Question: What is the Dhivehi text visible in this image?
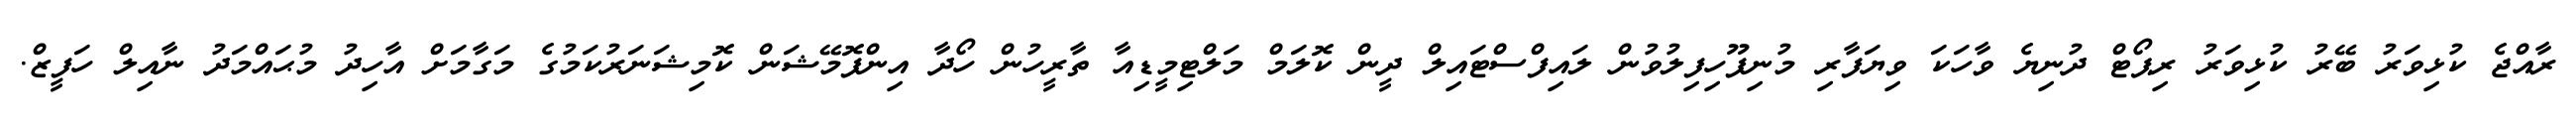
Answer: ރާއްޖެ ކުޅިވަރު ބޭރު ކުޅިވަރު ރިޕޯޓް ދުނިޔެ ވާހަކަ ވިޔަފާރި މުނިފޫހިފިލުވުން ލައިފްސްޓައިލް ދީން ކޮލަމް މަލްޓިމީޑިއާ ތާރީހުން ހޯދާ އިންފޮމޭޝަން ކޮމިޝަނަރުކަމުގެ މަގާމަށް އާހިދު މުޙައްމަދު ނާއިލް ހަފީޒް.